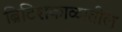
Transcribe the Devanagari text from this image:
ब्रिटिशकाळातील